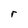
Character: r